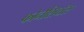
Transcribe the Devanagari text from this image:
फोनेशियंस